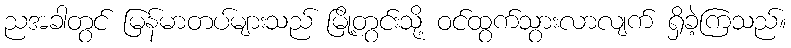
ညအခါတွင် မြန်မာတပ်များသည် မြို့တွင်းသို့ ဝင်ထွက်သွားလာလျက် ရှိခဲ့ကြသည်။